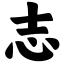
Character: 志